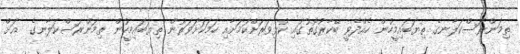
ތިމަންރަސްކަލާނގެ ތިޔަބައިމީހުން ހެއްދެވީ ބޭކާރުގޮތުގައި ކުޅިވަރަށްކަމަށާއި ހަމަކަށަވަރުން ތިޔަބައިމީހުން ތިމަންރަސްކަލާނގެ  އަށް